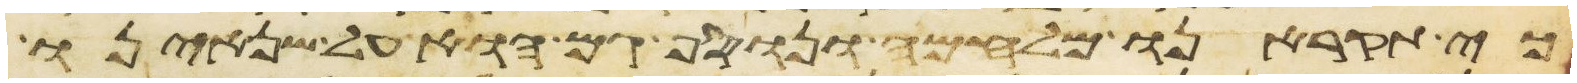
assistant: כי תקראנו מלחמה ונוסף גם הוא על שנאינו